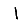
Digit: 1